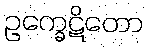
ဥက္ခေဋိတော